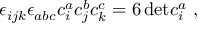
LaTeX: \epsilon _ { i j k } \epsilon _ { a b c } c _ { i } ^ { a } c _ { j } ^ { b } c _ { k } ^ { c } = 6 \, \mathrm { d e t } c _ { i } ^ { a } \ ,